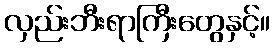
လှည်းဘီးရာကြီးတွေနှင့်။